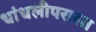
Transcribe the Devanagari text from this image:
धांधलीपरास्त